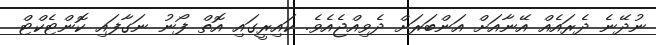
ނުދޭނެ ދެރައެއް އޭނާއަށް އަންބަރަށް ދެވިއްޖެއެވެ. ކައިރީގައި އޮތް ފޯނު ނަގާފައި ކޮންޓެކްޓް